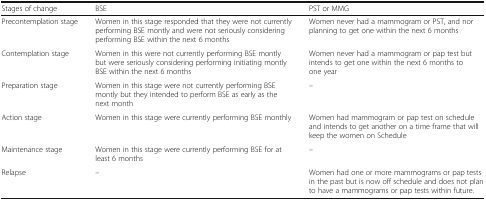
| Stages of change | BSE | PST or MMG |
 | --- | --- | --- |
 | Precontemplation stage | Women in this stage responded that they were not currently performing BSE montly and were not seriously considering performing BSE within the next 6 months | Women never had a mammogram or PST, and nor planning to get one within the next 6 months |
 | Contemplation stage | Women in this were not currently performing BSE montly but were seriously considering performing initiating montly BSE within the next 6 months | Women never had a mammogram or pap test but intends to get one within the next 6 months to one year |
 | Preparation stage | Women in this stage were not currently performing BSE montly but they intended to perform BSE as early as the next month | – |
 | Action stage | Women in this stage were currently performing BSE monthly | Women had mammogram or pap test on schedule and intends to get another on a time frame that will keep the women on Schedule |
 | Maintenance stage | Women in this stage were currently performing BSE for at least 6 months | – |
 | Relapse | – | Women had one or more mammograms or pap tests in the past but is now off schedule and does not plan to have a mammograms or pap tests within future. |